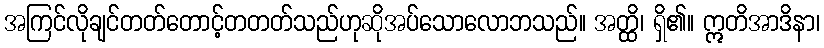
အကြင်လိုချင်တတ်တောင့်တတတ်သည်ဟုဆိုအပ်သောလောဘသည်။ အတ္ထိ၊ ရှိ၏။ ဣတိအာဒိနာ၊